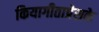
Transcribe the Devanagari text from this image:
कियागीताप्रेसके